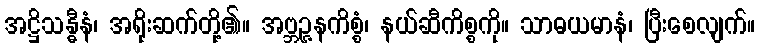
အဋ္ဌိသန္ဓီနံ၊ အရိုးဆက်တို့၏။ အဗ္ဘဉ္ဇနကိစ္စံ၊ နယ်ဆီကိစ္စကို။ သာဓယမာနံ၊ ပြီးစေလျက်။